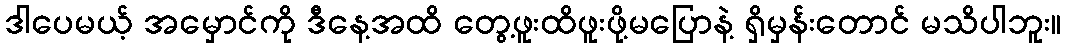
ဒါပေမယ့် အမှောင်ကို ဒီနေ့အထိ တွေ့ဖူးထိဖူးဖို့မပြောနဲ့ ရှိမှန်းတောင် မသိပါဘူး။